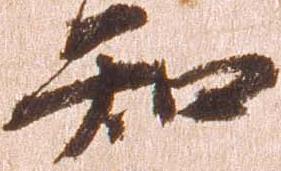
知